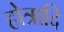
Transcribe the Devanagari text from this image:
होत्रादि